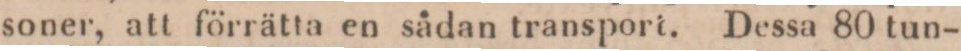
soner, att förrätta en sådan transport. Dessa 80 tun-